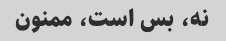
نه، بس است، ممنون